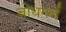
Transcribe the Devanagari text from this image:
बोधगर्भ